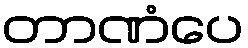
တာဏံပေ